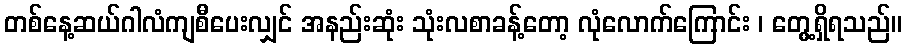
တစ်နေ့ဆယ်ဂါလံကျစီပေးလျှင် အနည်းဆုံး သုံးလစာခန့်တော့ လုံလောက်ကြောင်း ၊ တွေ့ရှိရသည်။